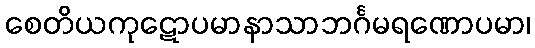
စေတိယကုဋောပမာနာသာဘင်္ဂမရဏောပမာ၊